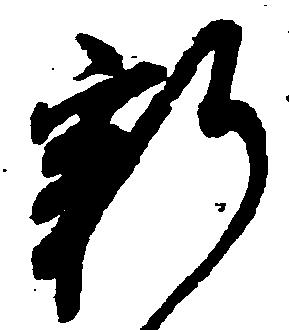
新